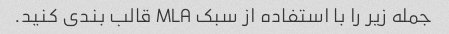
جمله زیر را با استفاده از سبک MLA قالب بندی کنید.